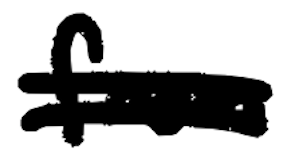
Text: from
Cross-out: double-line
Writing tool: digital_black